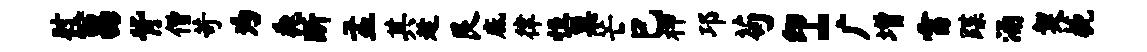
肘莒背僧苛为毳断孟其趁艮底律恒巢芒巳柙邛苟印~广增雷蹀涌契藐